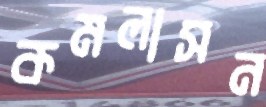
কমলাসন